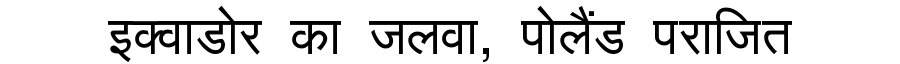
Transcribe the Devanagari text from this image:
इक्वाडोर का जलवा, पोलैंड पराजित